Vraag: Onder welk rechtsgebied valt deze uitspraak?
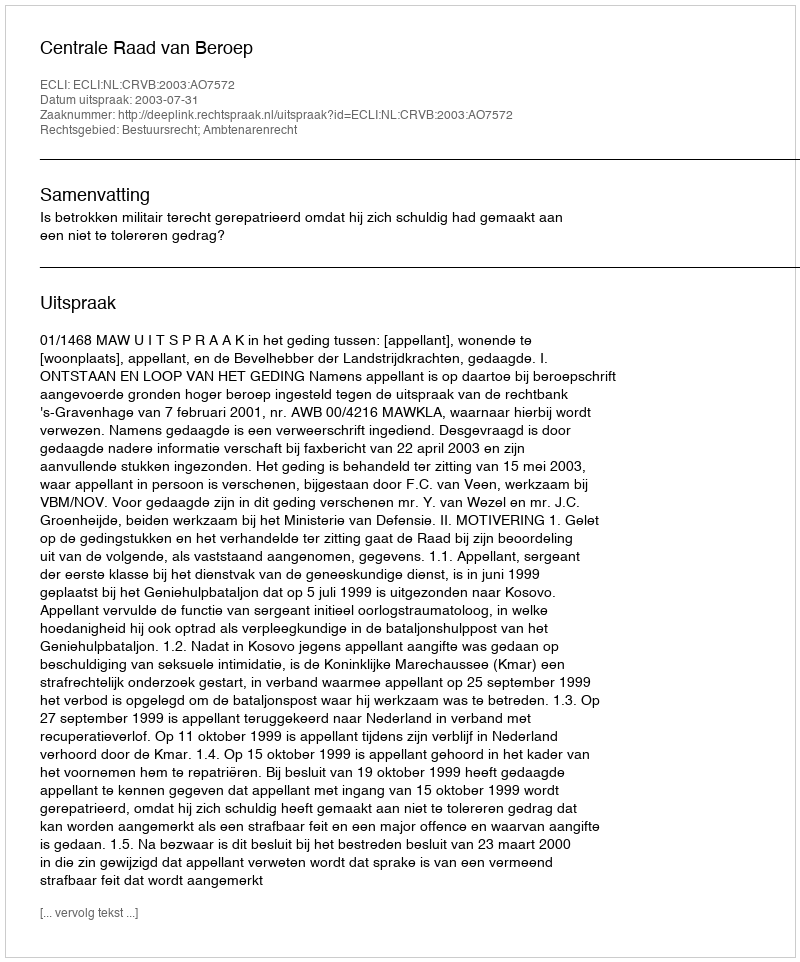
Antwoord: Bestuursrecht; Ambtenarenrecht